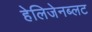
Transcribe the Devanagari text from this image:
हेलिजेनब्लट